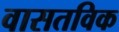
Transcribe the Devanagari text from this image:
वासतविक